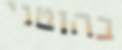
בהוטני